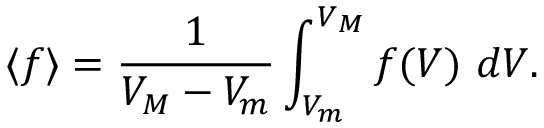
\langle f \rangle = \frac { 1 } { V _ { M } - V _ { m } } \int _ { V _ { m } } ^ { V _ { M } } f ( V ) ~ d V .